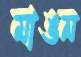
মাঙন